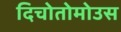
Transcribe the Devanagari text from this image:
दिचोतोमोउस